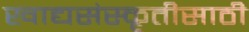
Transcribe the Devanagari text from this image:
खाद्यसंस्कृतीसाठी